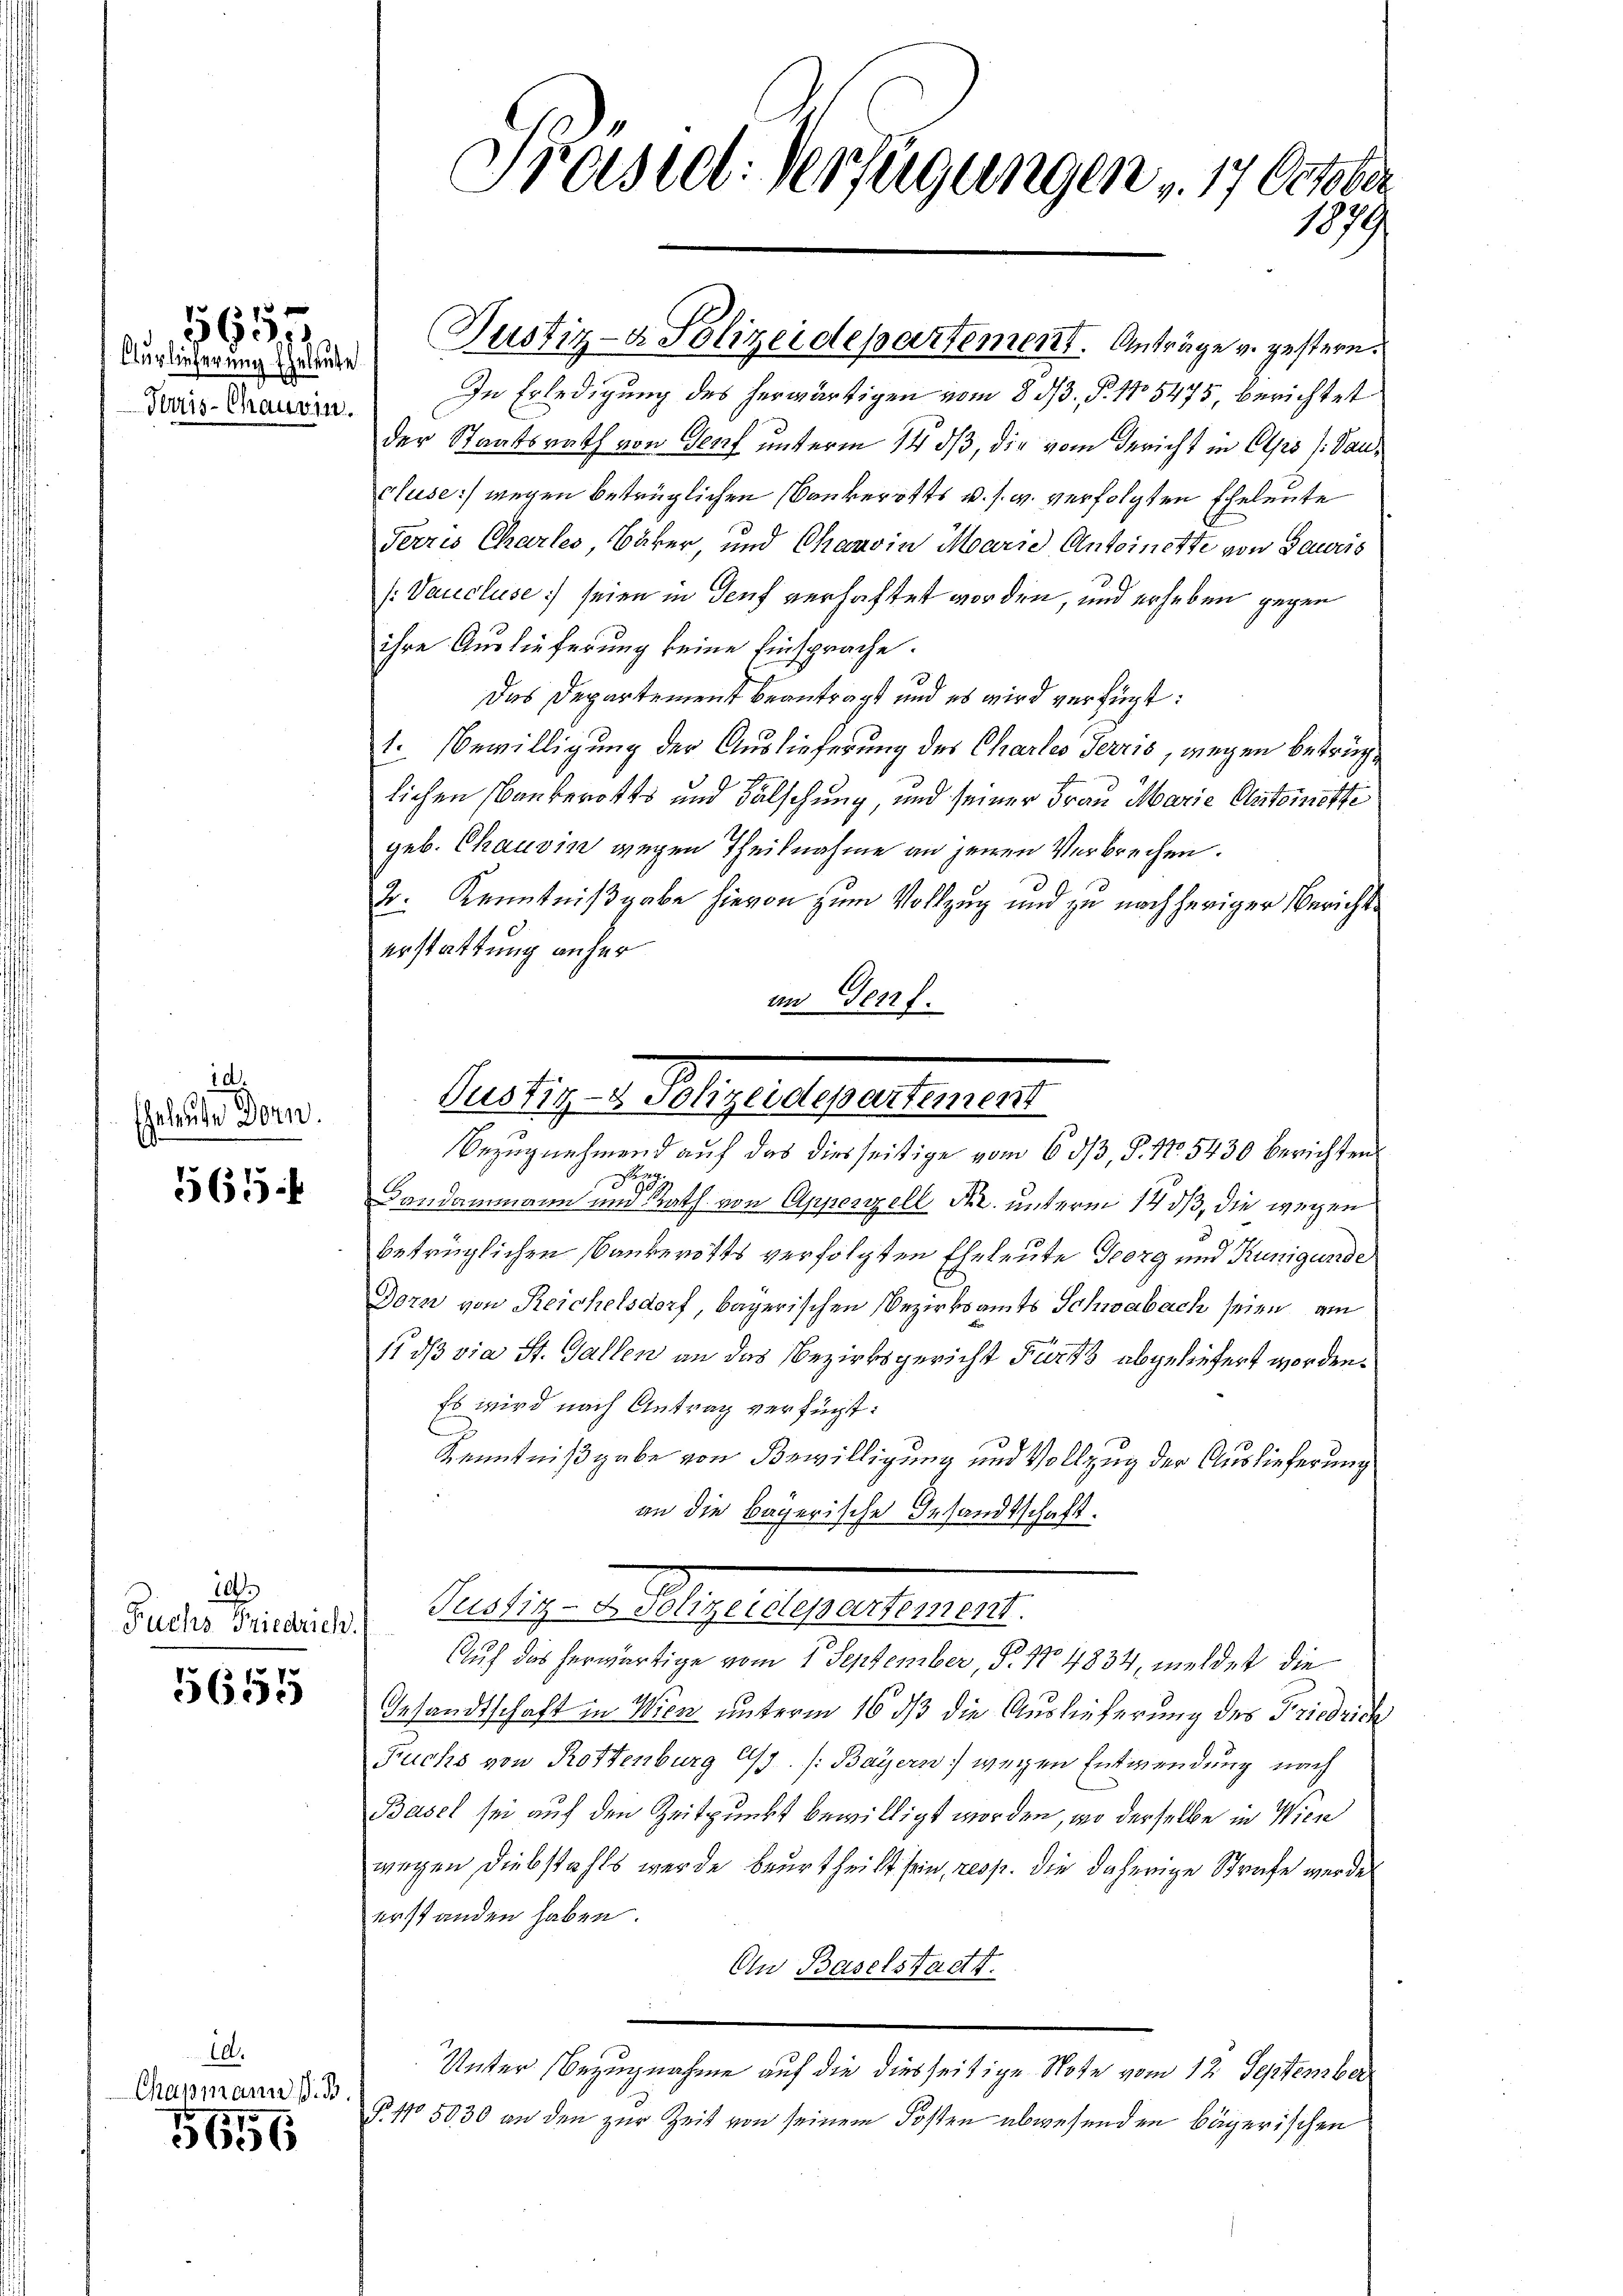
Auslieferung Eheleute
Terris-Chauvin.

1615

i
Eheleute Dorn.

565 f

10.
Fuchs Friedrich.

5655

id.
Chapmann P. B

656

Präsid. Verfügungen 17. October
1879

In Erledigung des herwärtigen vom 8 1/3. §. 175475, berichtet
der Staatsrath von Genf unterm 14. ds, die vom Bericht in Olps /:Dancluse) wegen betrüglichen Conkerotts u. s. w. verfolgten Eheleute
Terris Charles, Bäker, und Chauvin Marie Antoinette von Sauris
(Vaucluse) seien in Genf verhaftet worden, und erheben gegen
ihre Auslieferung keine Einsprache.
Das Departement beantragt und es wird verfügt:
1. Bewilligung der Auslieferung des Chartes Terris, wegen betrüglichen Bauberotts und Fälschung, und seiner Frau Marie Antoinette
geb. Chausin wegen Theilnahme an jenen Verbrechen.
Dr. Kenntnißgabe hievon zum Vollzug und zu nachheriger Berichterstattung anher
an Genf.
.
d
Landammann und Rath von Appenzell Fr. unterm 14 dß, die wegen
betrüglichen Bankerotts verfolgten Eheleute Georg und Kunigunde
Dorn von Reichelsdorf bayerischen Bezirksamts Schwabach seien am
11 dß via St. Gallen an das Bezirksgericht Fürts abgeliefert worden.
Es wird nach Antrag verfügt:
Kenntnißgabe von Bewilligung und Vollzug der Auslieferung
an die bayerische Gesandtschaft.
Justiz-Dvolizeidepartement.
Auch das herwärtige vom 1. September, P. Nr. 4834, meldet die
Gesandtschaft in Wien unterm 16 dß die Auslieferung des Friedrich
Fuchs von Rottenburg Cy. /: Bayern) wegen Entwendung nach
Basel sei auf den Zeitpunkt bewilligt worden, wo derselbe in Wien
wegen, Diebstahls werde beurtheilt sein, resp. die daherige Strafe werde
erstanden haben.
On Baselstadt.
Unter Bezugnahme auf die diesseitige Note vom 12 September
§ 45030 an den zur Zeit von seinem Posten abwesenden bägerischen

Justiz- & Polizeidepartement. Anträge v. gestern.

bastischen Gelegte ausgesehenen
Bezugnehmend auf das diesseitige vom 6 dß, §. 17. 5430 berichten